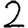
Digit: 2